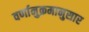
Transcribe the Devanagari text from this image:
वर्णानुक्रमानुसार